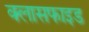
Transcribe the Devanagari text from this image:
क्लासफाइड